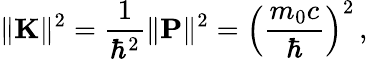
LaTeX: \| \mathbf{K}\| ^{2}={\frac{1}{\hbar^{2}}}\| \mathbf{P}\| ^{2}=\left({\frac{m_{0}c}{\hbar}}\right)^{2}\, ,